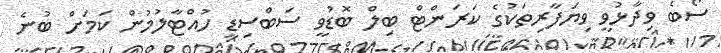
ސޯބެ ވިދާޅުވީ ވިޔަފާރިތަކުގެ ކަރަންޓް ބިލް ބޮޑުވީ ސަބްސިޑީ ހުއްޓާލުމުން ކަމަށް ބުނެ